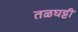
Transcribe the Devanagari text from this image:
तळघट्टी